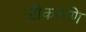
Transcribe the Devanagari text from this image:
टीकमणि